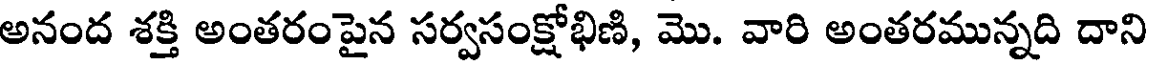
అనంద శక్తి అంతరంపైన సర్వసంక్షోభిణి, మొ. వారి అంతరమున్నది దాని